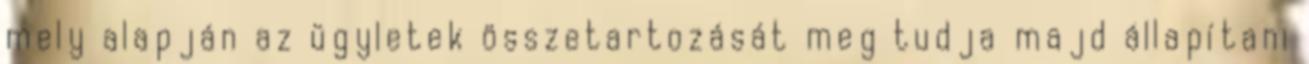
mely alapján az ügyletek összetartozását meg tudja majd állapítani